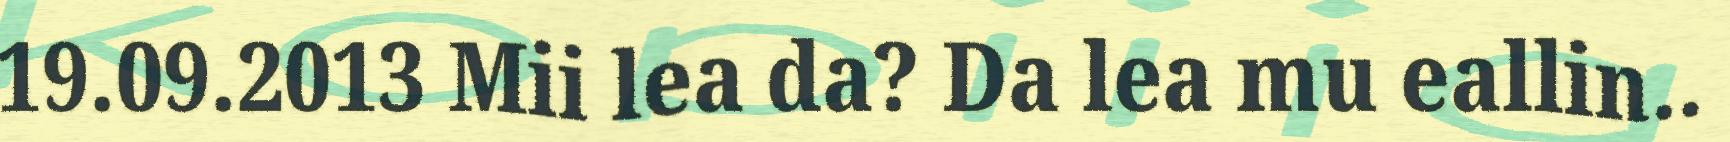
19.09.2013 Mii lea da? Da lea mu eallin..